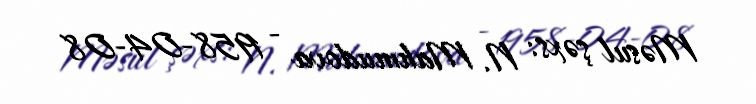
Məsul şəxs: N. Mahmudova - 1958-04-08